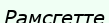
Рамсгетте